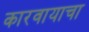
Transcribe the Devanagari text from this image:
कारवायाचा